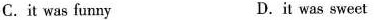
C.it was funny D.it was sweet